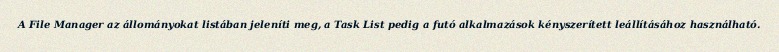
A File Manager az állományokat listában jeleníti meg, a Task List pedig a futó alkalmazások kényszerített leállításához használható.